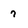
Character: 7